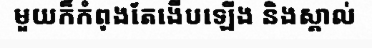
មួយក៏កំពុងតែងើបឡើង និងស្គាល់